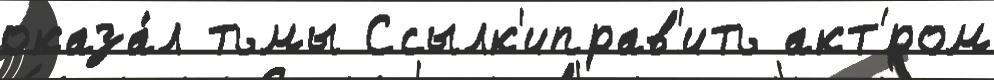
оказа́л тьмы Ссылк'иправ'ить акт'́ром